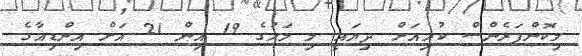
މިކޮންފަރެންސް ކުރިއަށް ދިޔައީ މި މަހުގެ 19 އިން 21 އަށް އިންޑިއާގެ